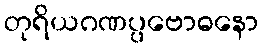
တုရိယဂဏပ္ပဗောဓနော